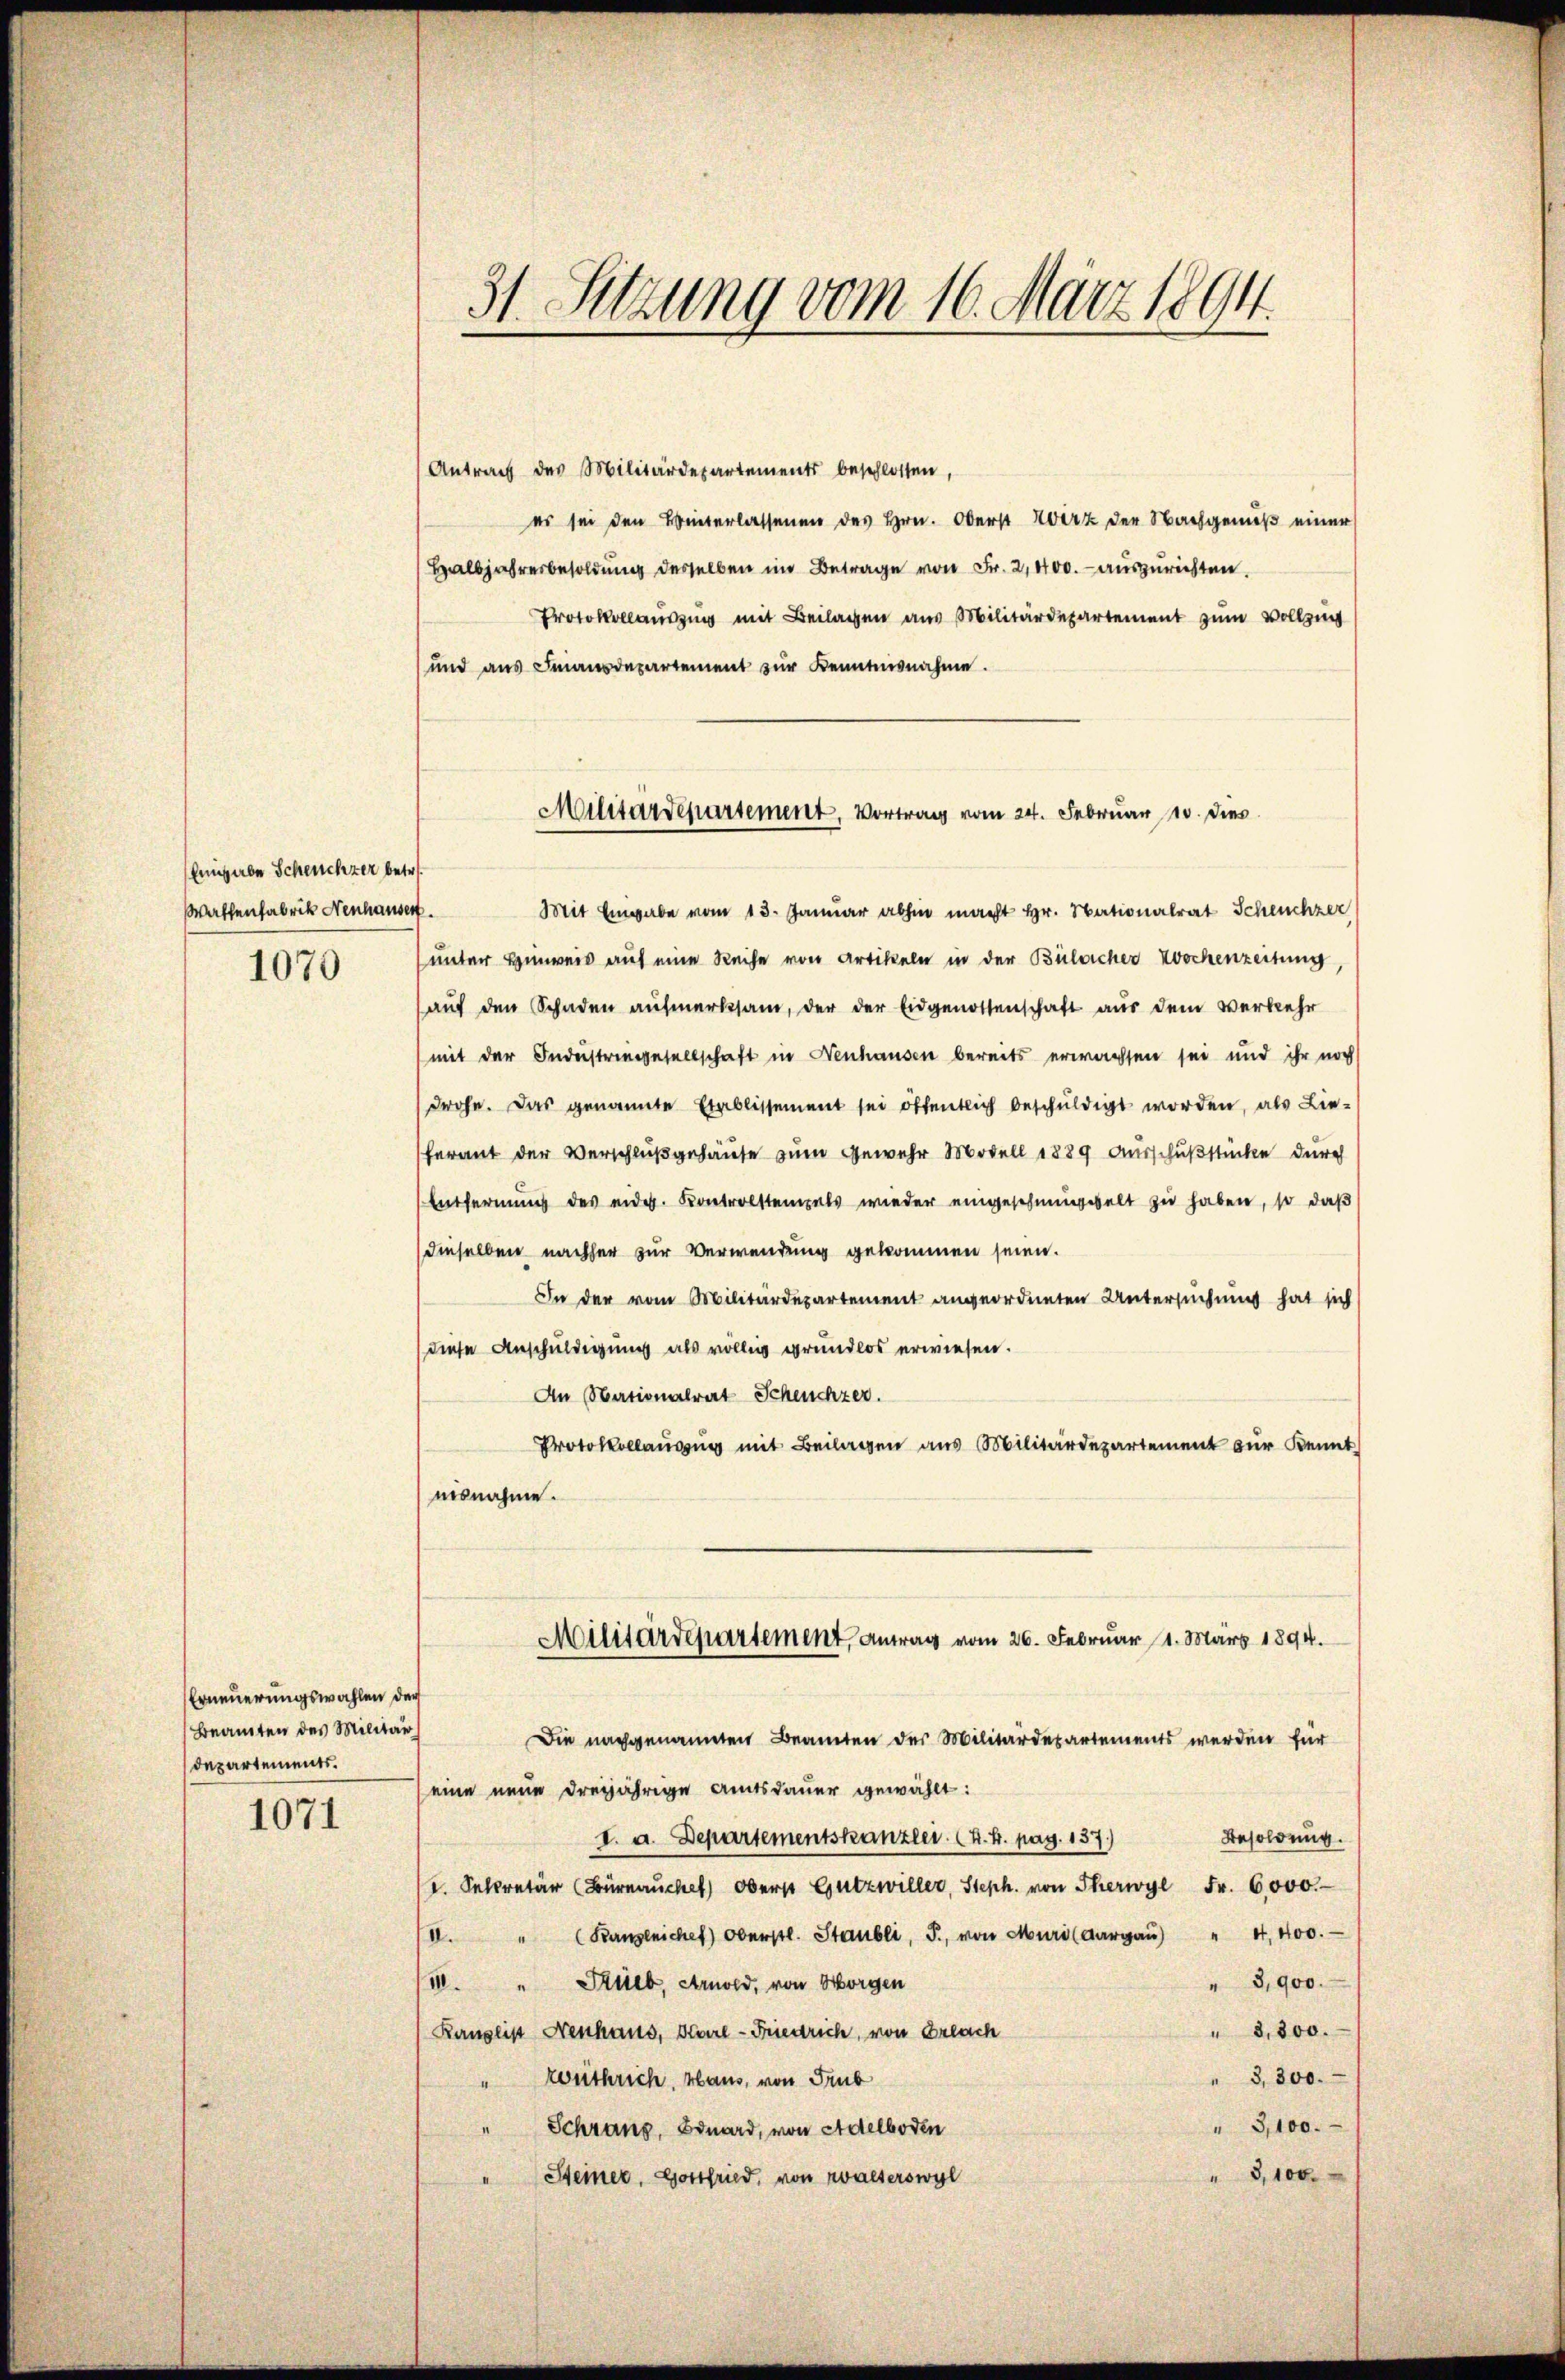
Eingabe Scheuchzer betr.
Waffenfabrik Nenhausen.

1070

Erneuerungswahlen der
Beamten des Militär
departements.

1071

31. Setzung vom 16. März 1894.

Antrag des Militärdepartements beschlossen,
es sei den Hinterlassenen des Hrn. Oberst Herz der Nachgenuß einer
Halbjahresbesoldung desselben im Betrage von Fr. 2,400.- auszurichten.
Protokollauszug mit Beilagen aus Militärdepartement zum Vollzi
und ans Fransdepartement zŭr Kenntnisnahme.
Mit Eingabe vom 13. Januar abhin macht Hr. Nationalrat Scheuchzer
unter Hinweis auf eine Reihe von Artikeln in der Bülacher Wochenzeitung,
sauf den Schaden aŭfmerksam, der der Eidgenossenschaft aus dem Verkehr
mit der Industringesellschaft in Neuhausen bereits erwachsen sei und ihr noch
drohe. Das genannte Etablissement sei öffentlich beschuldigt worden, als Lie-
herant der Verschluß gehause zum Gewehr Modell 1889 Ausschußstücke durch
Entfernŭng des eidg. Kontrolstemals wieder eingeschmünwelt zu haben, so daß
dieselben nachher zur Verwendung gekommen seien.
In der vom Militärdepartement angeordneten Untersuchung hat sich
diese Anschuldigung als völlig grundlos erwiesen.
An Nationalrat Scheuchzer.
Protokollaŭzŭg mit Beilagen aus Militärdepartement zŭr Kennt
eisnahme.
Militärdepartement, Antrag vom 26. Februar 1. März 1894.
Die nachgenannten Beamten des Militärdepartements werden für
eine neue dreijährige Amtsdauer gewählt:
I. a. Departementstanzler (H. 4. pag. 157.)
Besoldung.
I. Sekretär (Bürnaŭche Oberst Gützwiller, Steph. von Therwyl Fr. 6000.
II. " (Banzliches oberstl. Staubli, F. von Muri (Aargaŭ) " 4, 400.
" 3,900.
I. " Stlieb, Arnold, von Horgen
" 3,300.
Kanzlist Neuhaus, Karl-Friedrich, von Erlach
3,300.
zentrich, Haus, von Trub
" 3,100.
" Schrang, Bonard, von Adelboden
3,100.
" Steiner, Gottfried, von Walserswyl

Militärdeparsement, Vortrag vom 24. Februar 18. dies